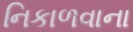
નિકાળવાના